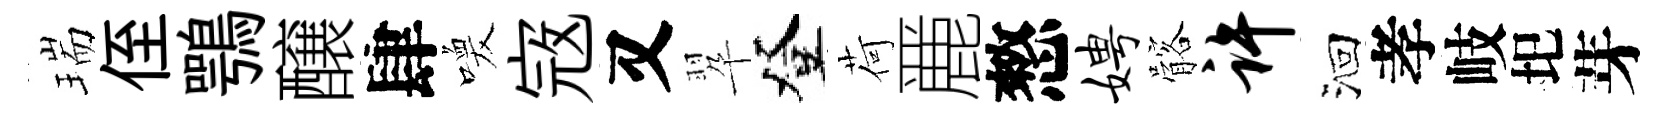
瑞侄鶚醸肆喚𡨥又翆登荷䴡憗娉髂许洄孝岐圯芽